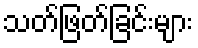
သတ်ဖြတ်ခြင်းများ